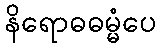
နိရောဓဓမ္မံပေ